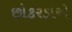
છોકરડાએ